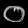
Digit: ၀